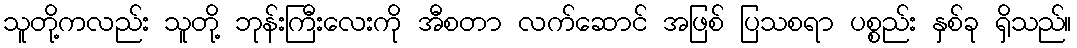
သူတို့ကလည်း သူတို့ ဘုန်းကြီးလေးကို အီစတာ လက်ဆောင် အဖြစ် ပြသစရာ ပစ္စည်း နှစ်ခု ရှိသည်။